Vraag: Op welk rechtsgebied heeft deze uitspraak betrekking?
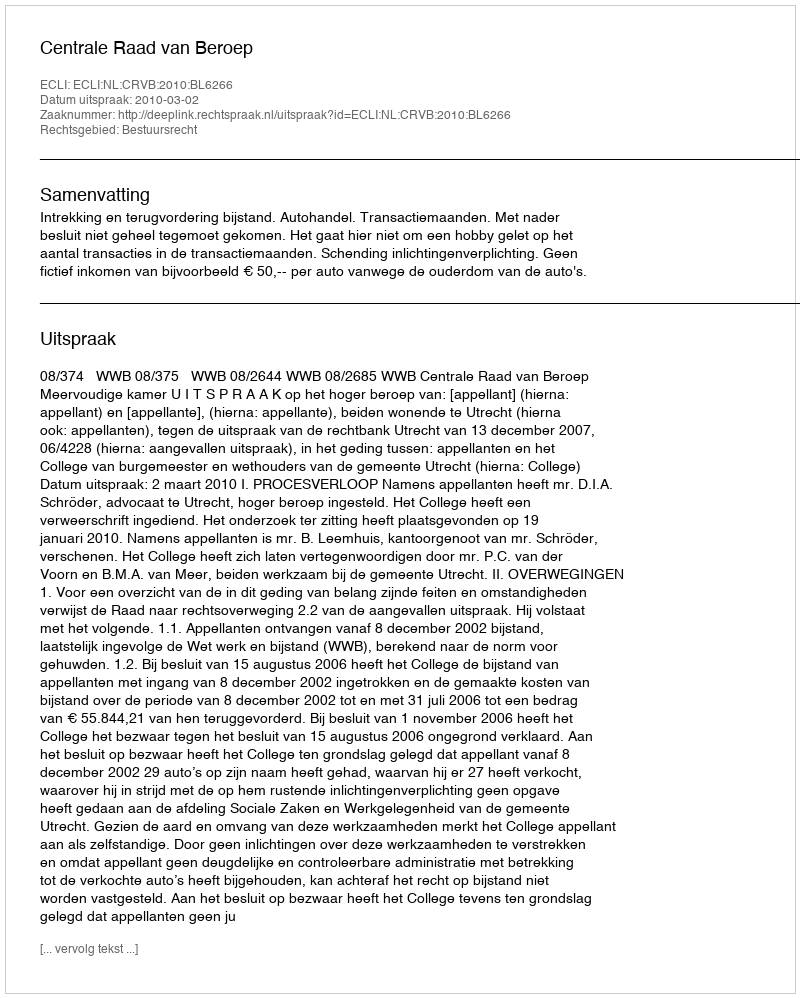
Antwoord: Bestuursrecht